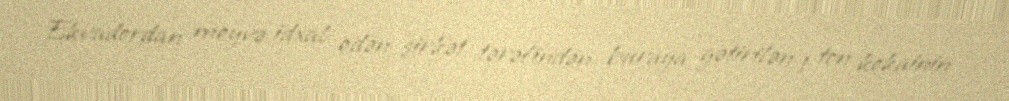
Ekvadordan meyvə idxal edən şirkət tərəfindən buraya gətirilən 1 ton kokainin